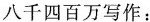
八千四百万写作：